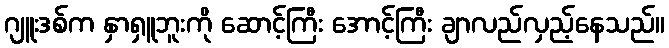
ဂျူးဒစ်က နှာရှူဘူးကို ဆောင့်ကြီး အောင့်ကြီး ချာလည်လှည့်နေသည်။